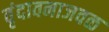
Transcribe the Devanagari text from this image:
वृंदावनाजवळ